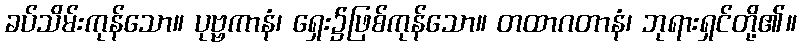
ခပ်သိမ်းကုန်သော။ ပုဗ္ဗကာနံ၊ ရှေး၌ဖြစ်ကုန်သော။ တထာဂတာနံ၊ ဘုရားရှင်တို့၏။